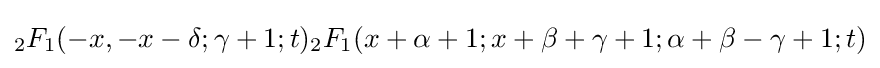
{}_{2}F_{1}(-x,-x-\delta ;\gamma +1;t){}_{2}F_{1}(x+\alpha +1;x+\beta +\gamma +1;\alpha +\beta -\gamma +1;t)